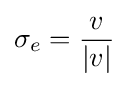
\sigma _{e}={\frac {v}{|v|}}